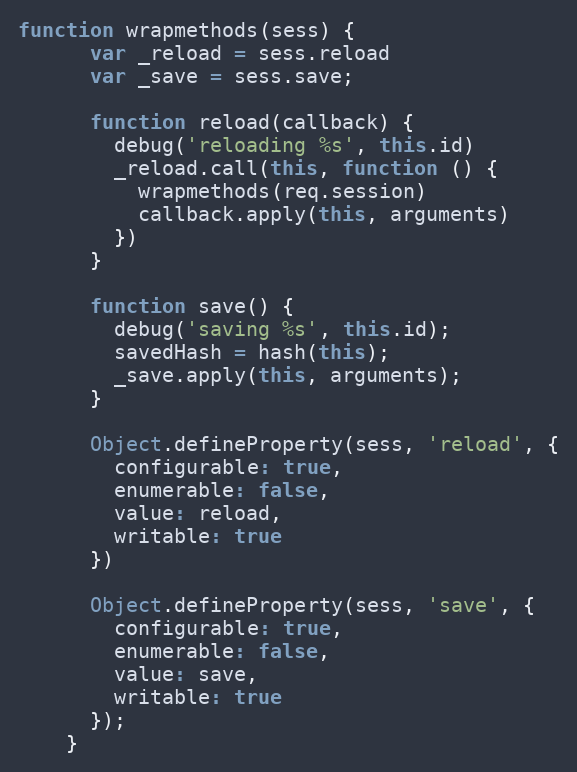
Language: JavaScript
function wrapmethods(sess) {
      var _reload = sess.reload
      var _save = sess.save;

      function reload(callback) {
        debug('reloading %s', this.id)
        _reload.call(this, function () {
          wrapmethods(req.session)
          callback.apply(this, arguments)
        })
      }

      function save() {
        debug('saving %s', this.id);
        savedHash = hash(this);
        _save.apply(this, arguments);
      }

      Object.defineProperty(sess, 'reload', {
        configurable: true,
        enumerable: false,
        value: reload,
        writable: true
      })

      Object.defineProperty(sess, 'save', {
        configurable: true,
        enumerable: false,
        value: save,
        writable: true
      });
    }